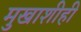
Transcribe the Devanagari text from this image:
मुखाशीही